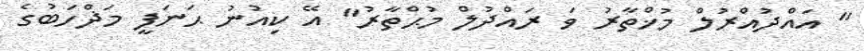
" އައްދުއްރުލް މުޚްތާރު ވަ ރައްދުލް މުޙްތާރު" އޭ ކިއުނު ޙަނަފީ މަޛްހަބުގެ